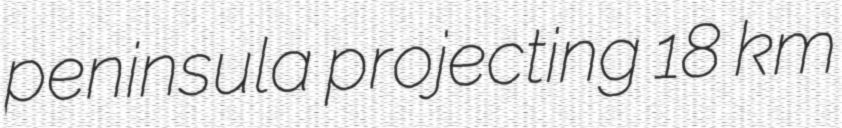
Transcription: peninsula projecting 18 km